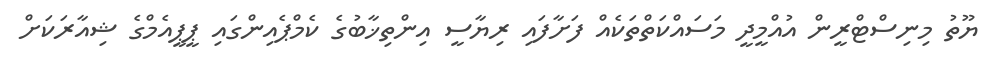
ޔޫތު މިނިސްޓްރީން އުއްމީދީ މަސައްކަތްތަކެއް ފަށާފައި ރިޔާސީ އިންތިޚާބުގެ ކެމްޕެއިންގައި ޕީޕީއެމްގެ ޝިއާރަކަށް